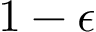
1 - \epsilon